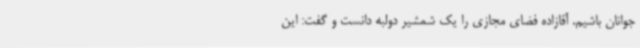
جوانان باشیم. آقازاده فضای مجازی را یک شمشیر دولبه دانست و گفت: این